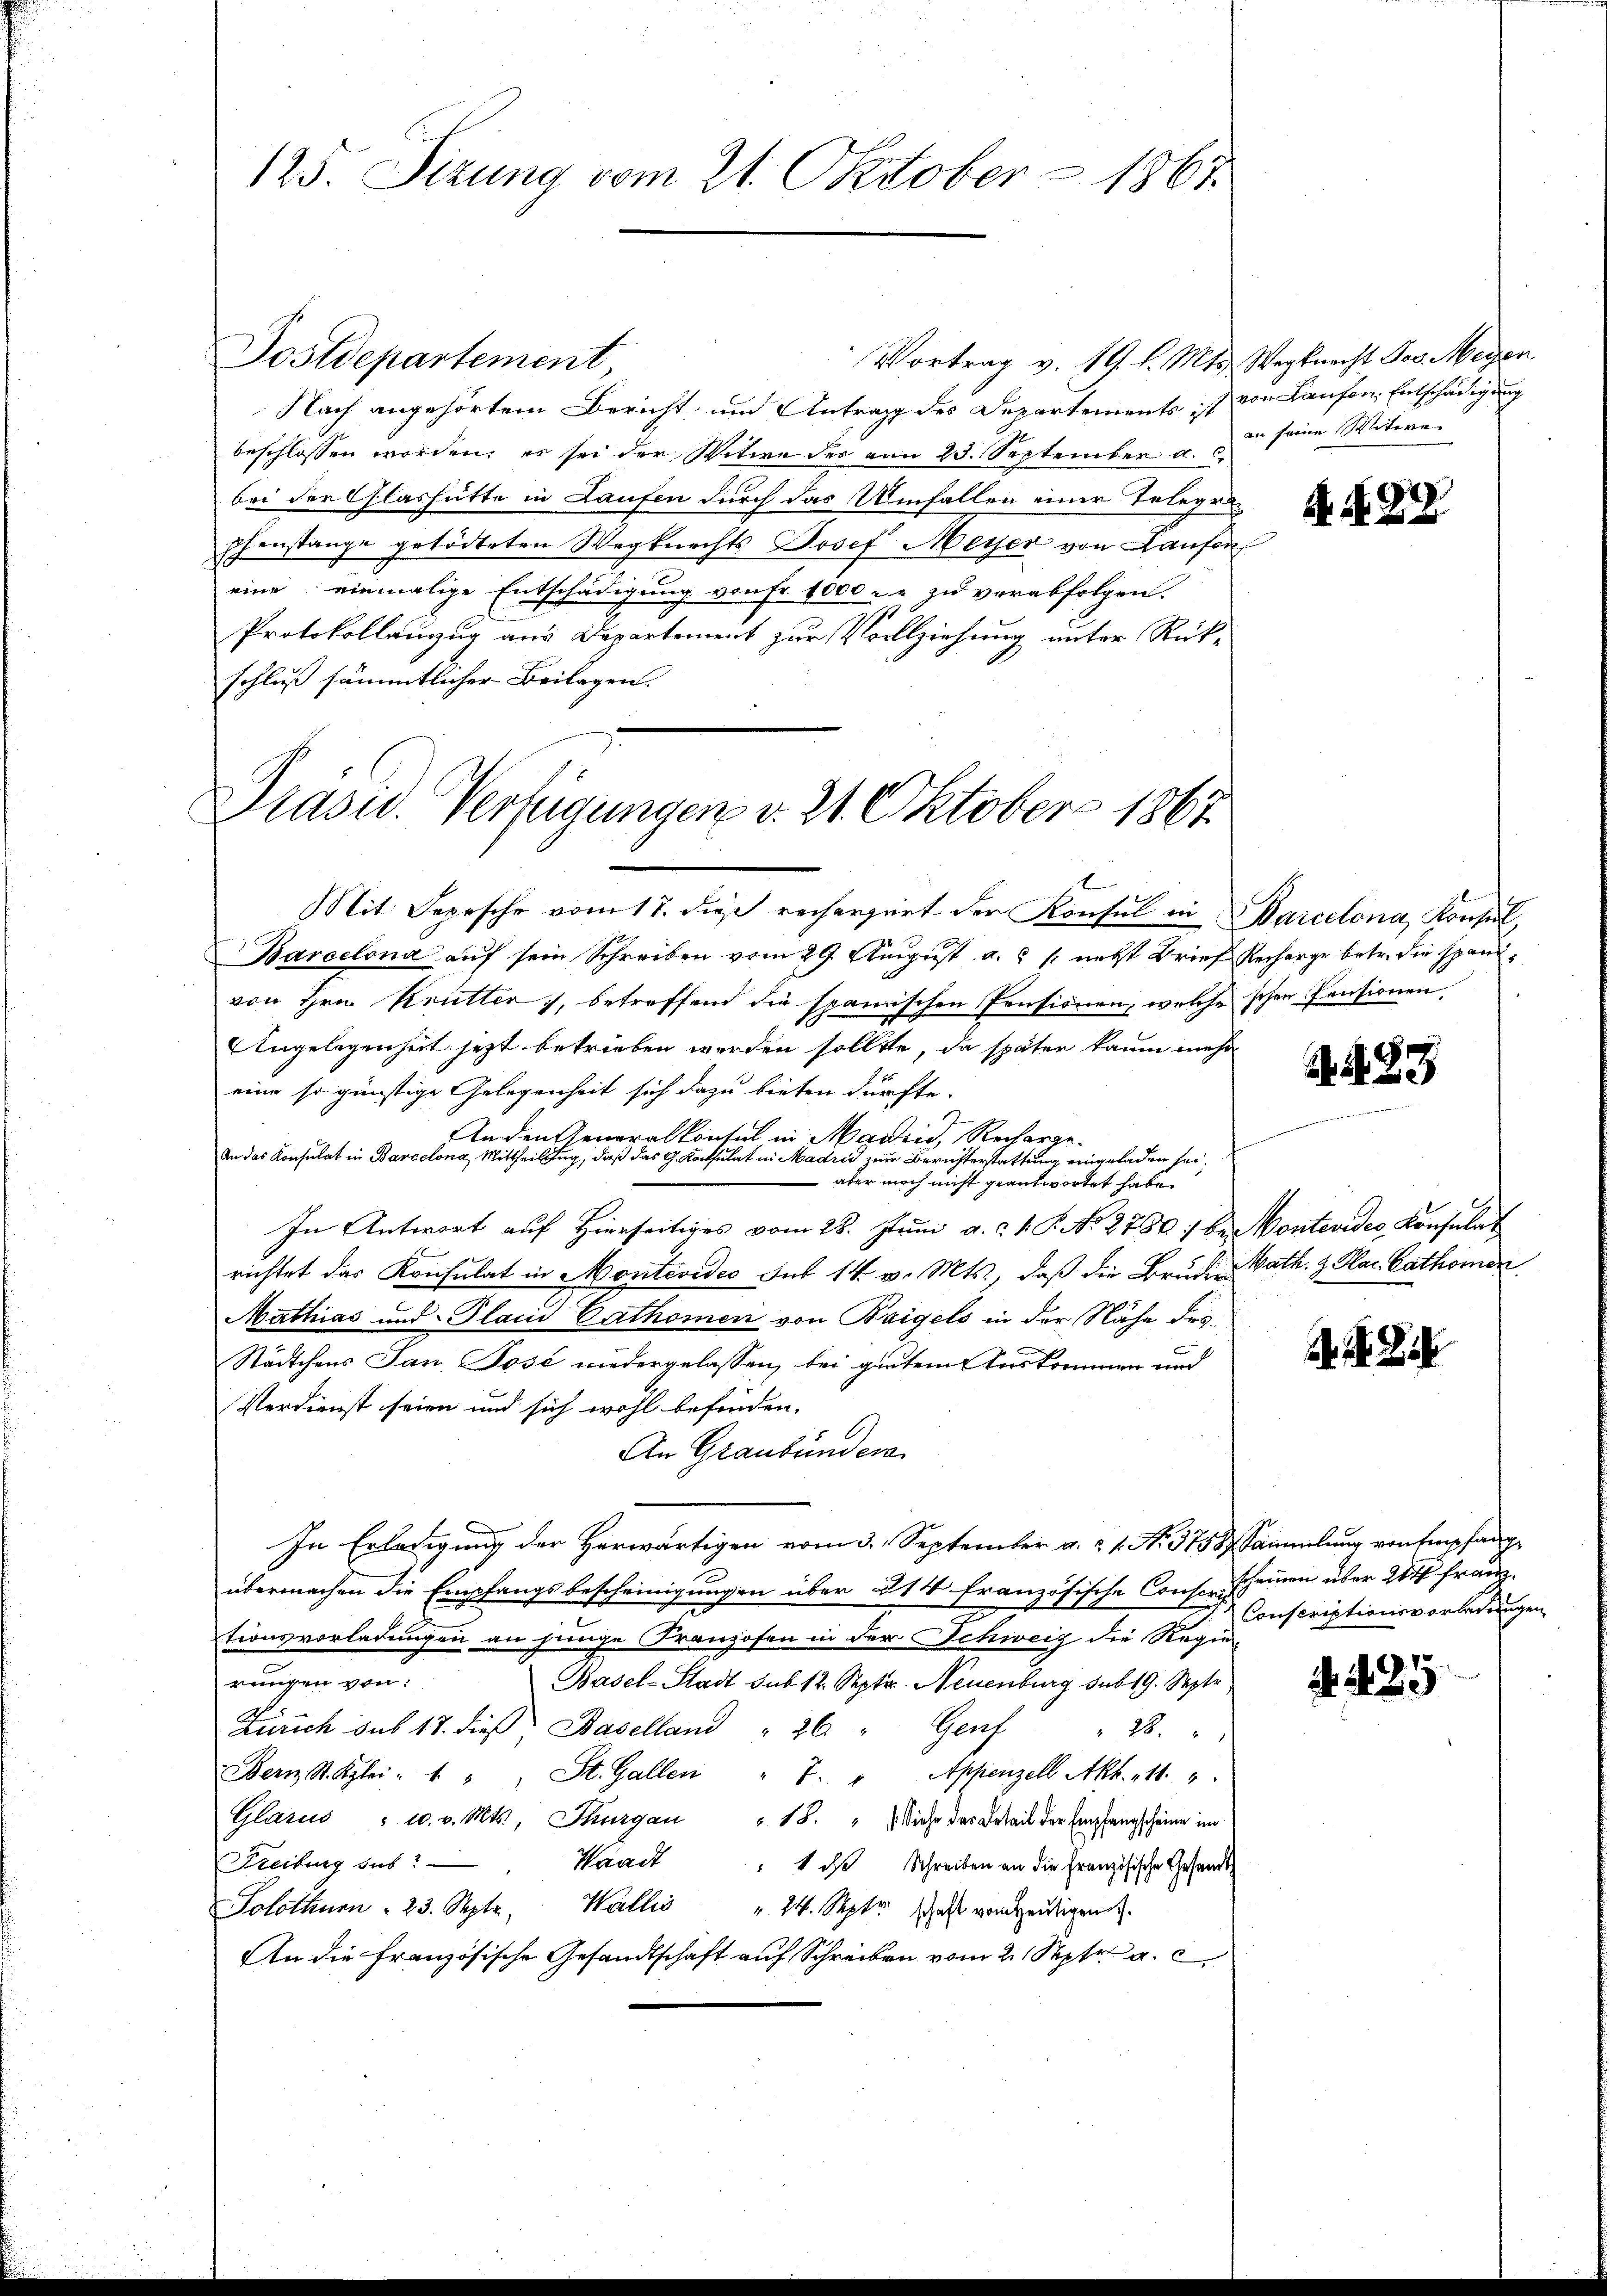
125. Sezung vom 21. Oktober 1867.

Vortrag v. 19. l. Mts. Wegknecht Jos. Meyen
Postdepartement,
Nach angehörtem Bericht und Antrag des Departements ist von Laufen Entschädigung
beschlossen worden; es sei der Witwe der von 23. September a. c.
bei der Glashütte in Laufen durch das Umfallen einer Telegren
phenstange getödteten Wegknechts Josef Meyer von Laufen
eine einmalige Entschädigung von Fr. 1000 u. r. zu verabfolgen.
Protokollenzug aus Departement zur Vollziehung unter Rück-
schluß sämmtlicher Beilagen.

Präsid.. Verfügungen v. 21. Oktobers 1867

Mit Sepesche vom 17. dieß recherziert der Konsul in Barcelona, Konsul,
Barcelona auf sein Schreiben vom 29. August u. s. nebst Brief Recharge betr. die Spanivon Hrn. Krutter, betreffend die spanischen Pensionen, welche schen Pensionen
Angelegenheit jetzt betrieben werden sollte, da später kaum mehr
eine so günstige Gelegenheit sich dazu bieten dürfte.
An den Generalkonsul in Maden, Recharge¬
An das Konsulat in Barcelona Mittheilung, daß das G. Kotulat in Madrid zum Berichterstattung eingeladen sei,
 aber noch nicht geantwortet habe.
In Antwort auf Hierseitiges vom 28. Juni a. c. 1. P. No 2780: bei Pontevides Konsulat
richtet das Konsulat in Montevides Sub 14 v. Mts., daß die Brudie Math. & Klar Cathomin
Mathias und Pland Cathomen von Baigels in der Nähe des
Städtchens Jan Posé niedergelassen, bei gutem Auskommen und
Verdienst seien und sich wohl befinden.
An Graubünder
In Erledigung der Herwärtigen vom 3. September a. a. 1. No. 3758 Sammlung von Empfangübermachen die Empfangsbescheinigungen über 214 französische Consoris
tionsvorladungen an junge Franzosen in der Schweiz die Regie-
rungen von:
Basel-Stadt sub 12. Septer. Neuenburg sub 19. Septe
Zürich sub 17. die Baselland " 26 " Genf " 28. "
Bern, St. Klei- 1 " " St. Gallen " 7. " Appenzell Akt. 11. 1
Glarus " 10. v. Mts., Thurgau " 18. " " Siche des Beteil der Empfangscheine im
Freiburg sub? —
Waack " 1 d Schreiben an die Französische Gesandt
Solothurn . 23. Septe. Wallis " 24. Septr. schaft vom heutigen.
An die Französische Gesandtschaft auf Schreiben vom 2. Sept. a. c.

an seine Witwe

A. §27

N. N. 83

A. S. 2

scheinen über 20 ff franz.
Conscriptionsvorladungen

225